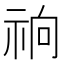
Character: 𰧽